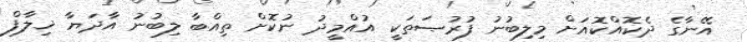
އޭނާގެ ދެކޮއްކޮއަށް މިލިބުނު ފުރުޞަތަކީ އުއްމީދު ނުކޮށް ތިއްބާ ލިބުނު އާދަޔާ ޚިލާފް